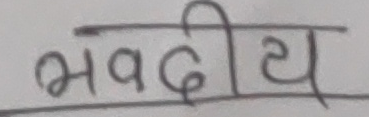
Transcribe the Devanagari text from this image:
भवदीय